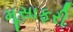
મૂસાફરી